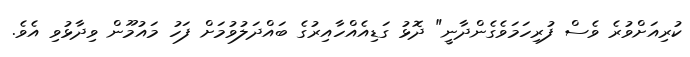
ކުރިއަށްވުރެ ވެސް ފުރިހަމަވެގެންދާނީ" ދޮޅު ގަޑިއެއްހާއިރުގެ ބައްދަލުވުމަށް ފަހު މައުމޫން ވިދާޅުވި އެވެ.